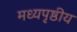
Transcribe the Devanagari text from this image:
मध्यपृष्ठीय